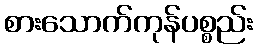
စားသောက်ကုန်ပစ္စည်း